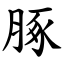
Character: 䐁